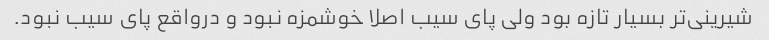
شیرینی‌تر بسیار تازه بود ولی پای سیب اصلا خوشمزه نبود و درواقع پای سیب نبود.